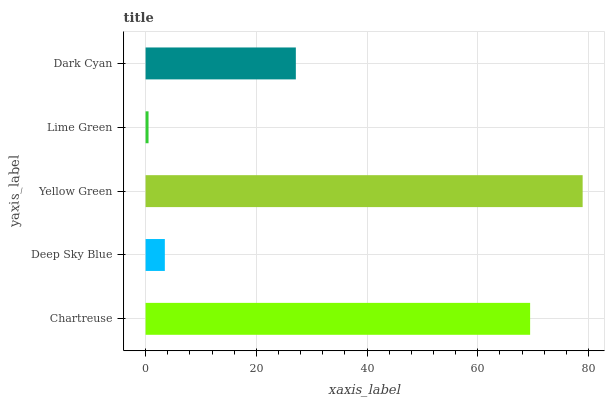
| yaxis_label | bars |
 | --- | --- |
 | Chartreuse | 69.5 |
 | Deep Sky Blue | 3.48 |
 | Yellow Green | 78.9 |
 | Lime Green | 0.531 |
 | Dark Cyan | 27.1 |